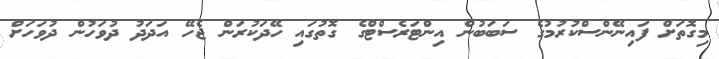
މިގޮތަށް ފައިނޭންސްކުރުމުގެ ސަބަބުން އިންޓަރެސްޓްގެ ގޮތުގައި ހޭދަކުރަން ޖެހޭ އަދަދު ދުވަހުން ދުވަހަށް